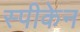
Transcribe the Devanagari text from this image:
स्पीकेन